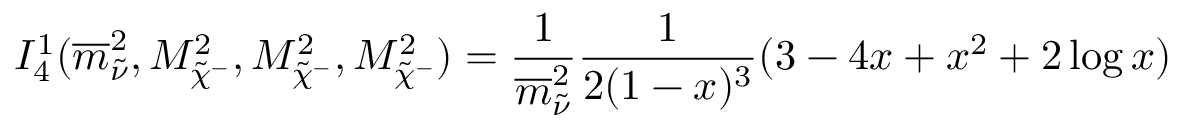
I _ { 4 } ^ { 1 } ( \overline { { { m } } } _ { \tilde { \nu } } ^ { 2 } , M _ { \tilde { \chi } ^ { - } } ^ { 2 } , M _ { \tilde { \chi } ^ { - } } ^ { 2 } , M _ { \tilde { \chi } ^ { - } } ^ { 2 } ) = \frac 1 { \overline { { { m } } } _ { \tilde { \nu } } ^ { 2 } } \frac 1 { 2 ( 1 - x ) ^ { 3 } } ( 3 - 4 x + x ^ { 2 } + 2 \log x )